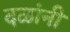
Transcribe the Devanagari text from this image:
दळांनी